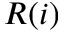
R ( i )